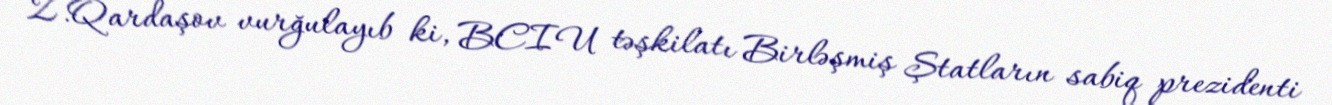
Z.Qardaşov vurğulayıb ki, BCIU təşkilatı Birləşmiş Ştatların sabiq prezidenti